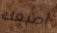
أصبعك